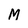
Character: M